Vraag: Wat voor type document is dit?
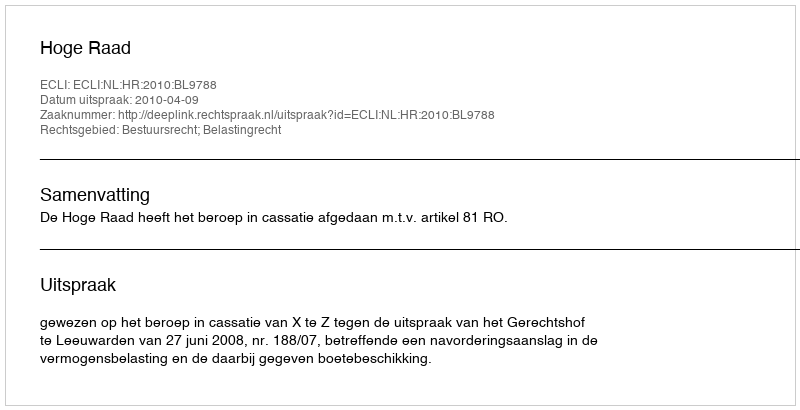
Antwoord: Uitspraak